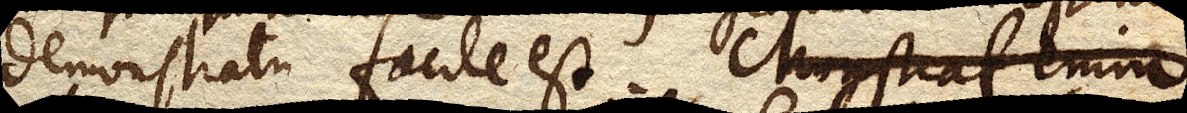
demonstratu facile est. Monstrat enim